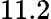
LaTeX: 11.2